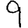
Digit: 9